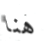
هنا